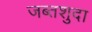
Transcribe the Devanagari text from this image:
जब्तशुदा